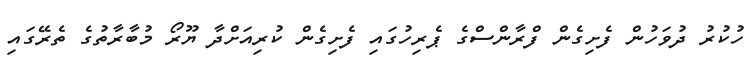
ހުކުރު ދުވަހުން ފެށިގެން ފްރާންސްގެ ޕެރިހުގައި ފެށިގެން ކުރިއަށްދާ ޔޫރޯ މުބާރާތުގެ ތެރޭގައި